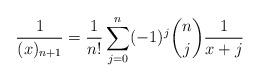
LaTeX: \begin{align*}\frac{1}{(x)_{n+1}}=\frac{1}{n!}\sum_{j=0}^n(-1)^j{n\choose j}\frac{1}{x+j}\end{align*}